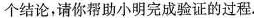
个结论，请你帮助小明完成验证的过程。